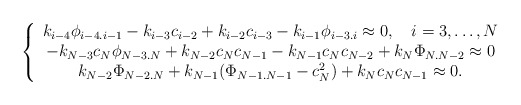
\begin{align*}\left\{\begin{array}{c} k_{i-4}{\phi}_{i-4.i-1}-k_{i-3}c_{i-2}+k_{i-2}c_{i-3}-k_{i-1}{\phi}_{i-3.i} \approx 0,\quad i=3,\ldots, N \\-k_{N-3}c_N{\phi}_{N-3.N}+k_{N-2}c_Nc_{N-1}-k_{N-1}c_Nc_{N-2} + k_N\Phi_{N.N-2}\approx 0\\ k_{N-2}{\Phi}_{N-2.N}+k_{N-1}({\Phi}_{N-1.N-1}-c^2_N)+k_Nc_Nc_{N-1}\approx 0.\end{array}\right.\end{align*}